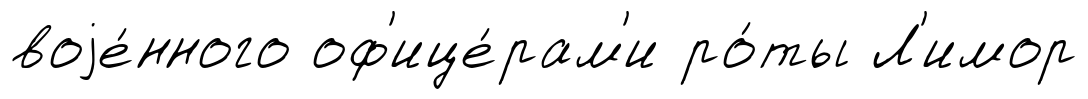
воjе́нного оф'ице́рам'и ро́ты Л'имор